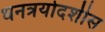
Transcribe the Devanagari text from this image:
धनत्रयोदशीस